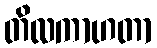
တိလကာဟတာ